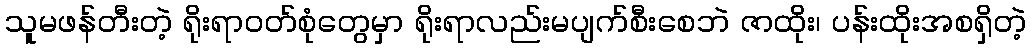
သူမဖန်တီးတဲ့ ရိုးရာဝတ်စုံတွေမှာ ရိုးရာလည်းမပျက်စီးစေဘဲ ဇာထိုး၊ ပန်းထိုးအစရှိတဲ့